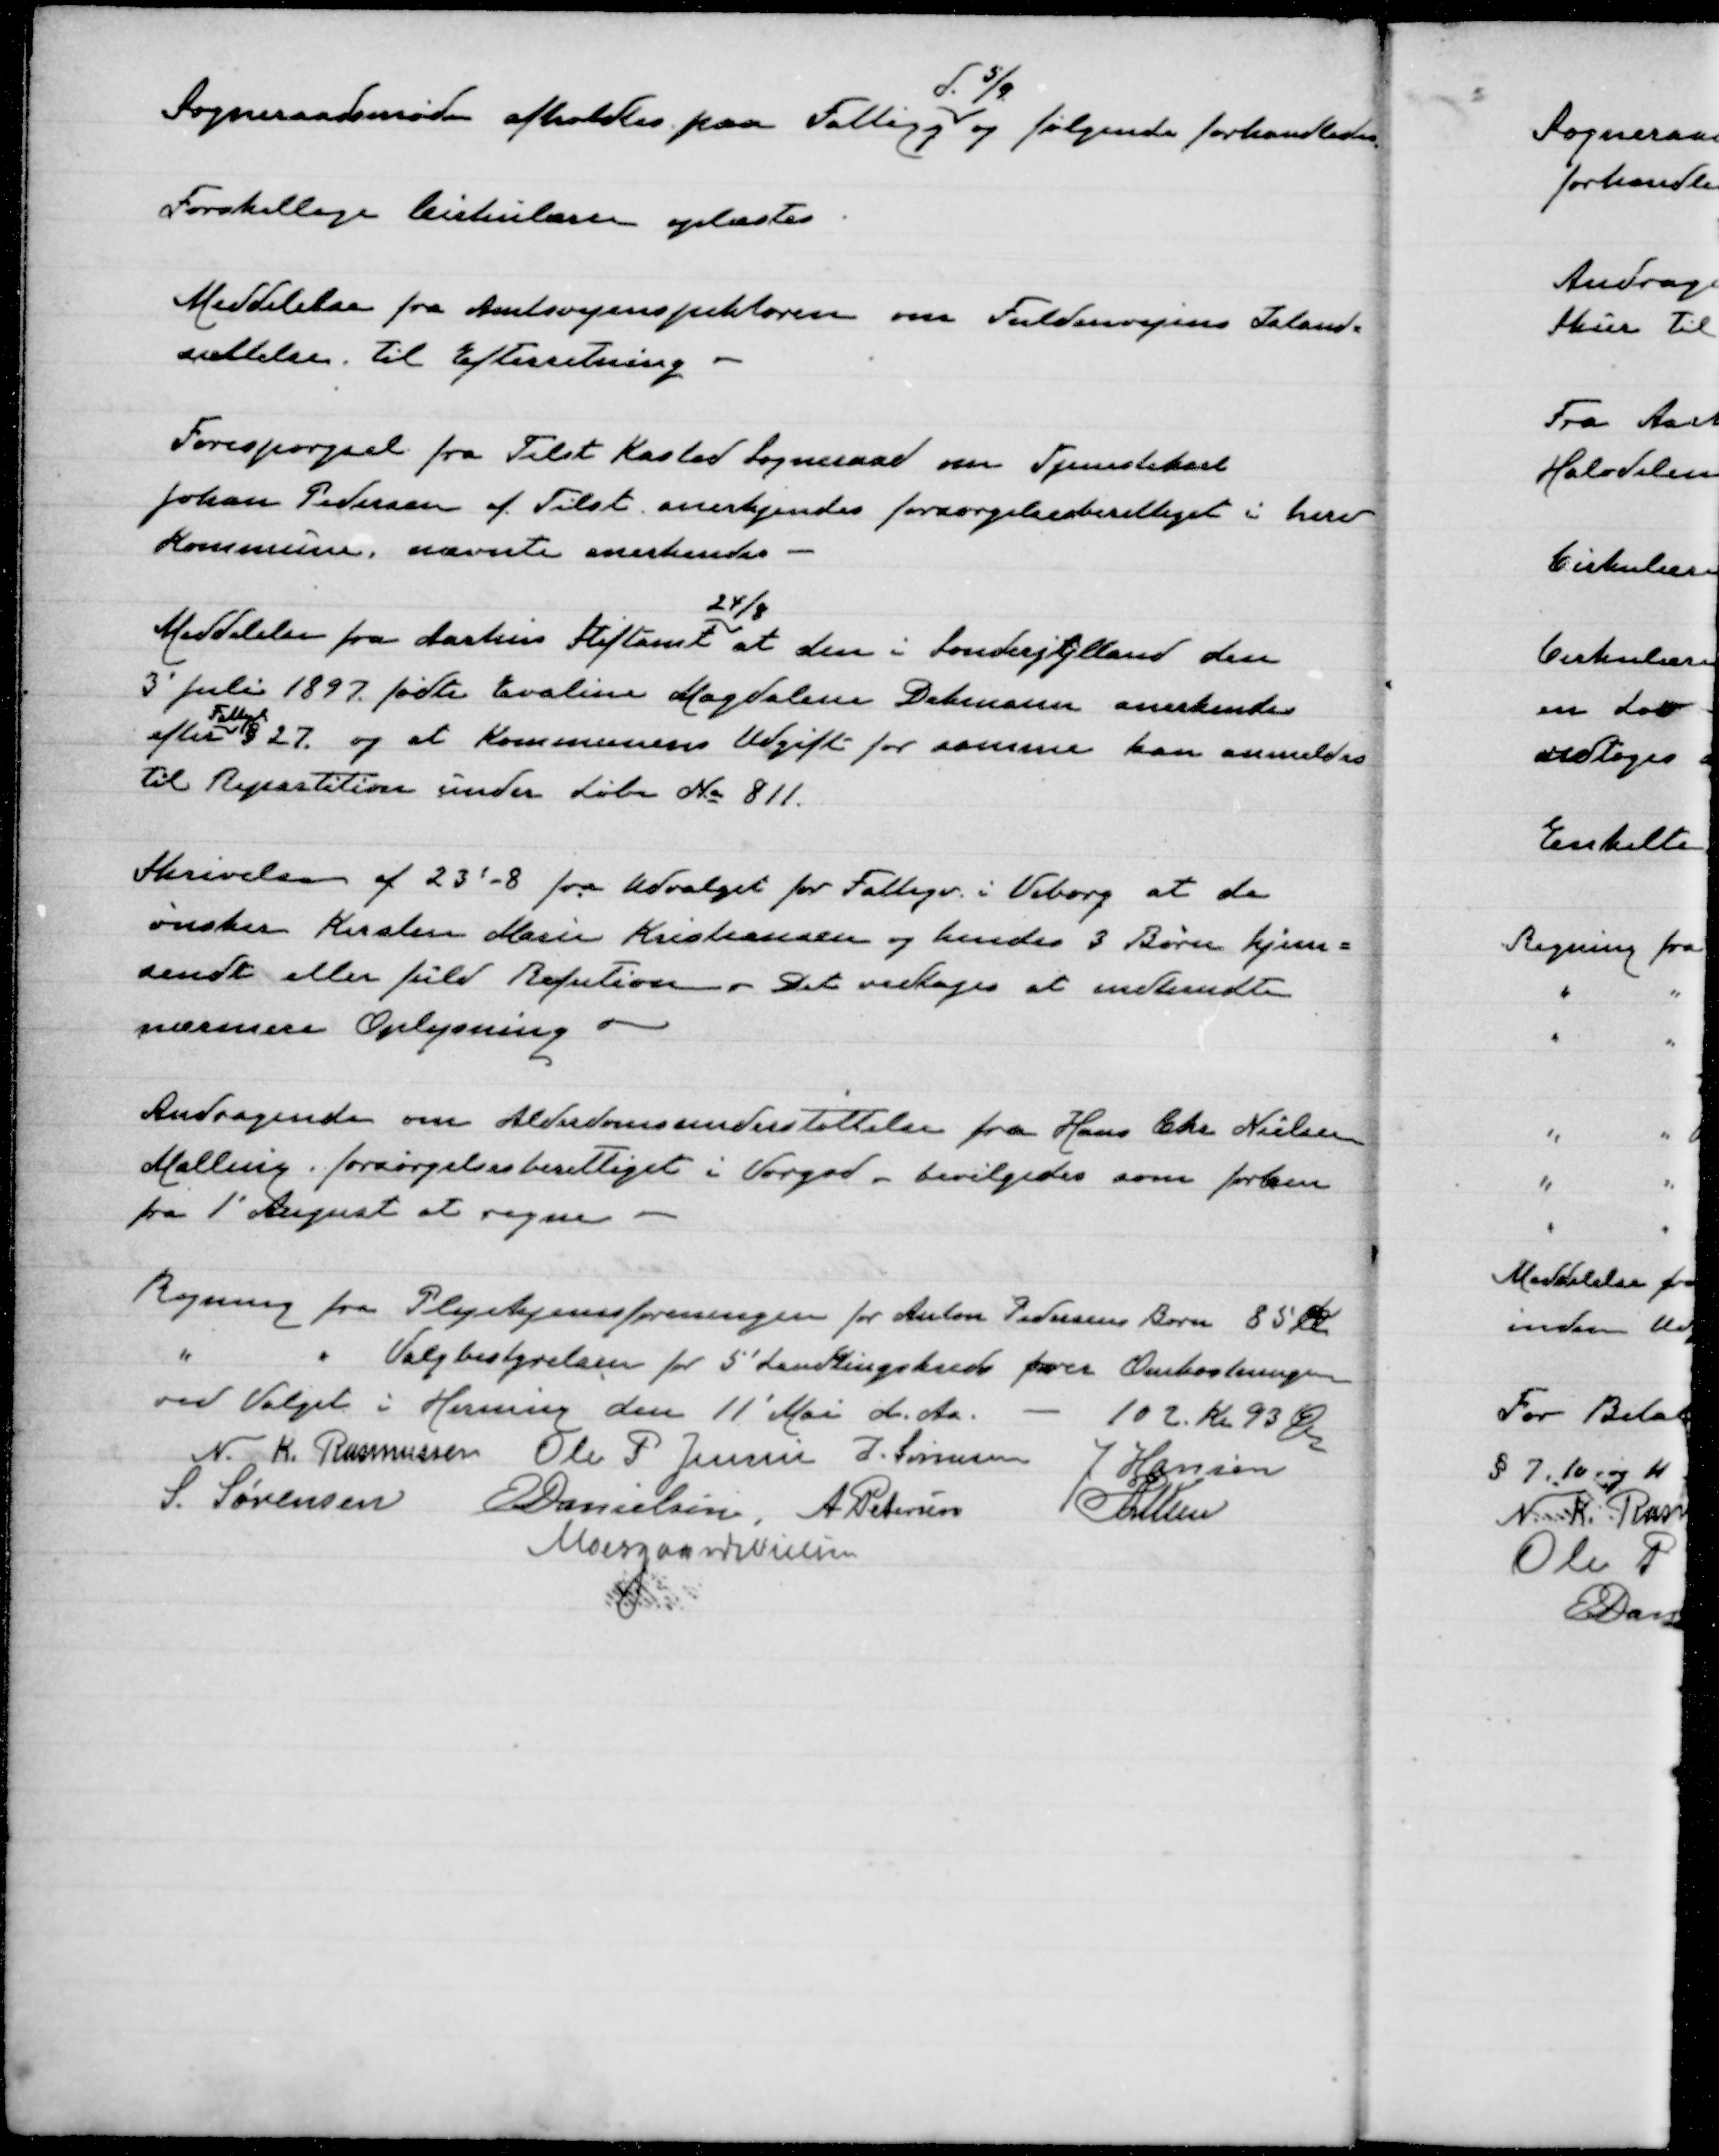
Transskription:
Sogneraadsmøde afholdtes paa Fattigg.
d. 5/9
og følgende forhandledes

Forskellige Cirkulærer oplæstes

Meddelelse fra Amtsvejinspektøren om Fuldenvejens Istand-
sættelse. Til Efterretning

Forespørgsel fra Tilst Kasted Sogneraad om Tjenestekarl
Johan Pedersen af Tilst anerkjendes forsørgelsesberettiget i herv
kommune, nævnte anerkendes

Meddelelse fra Aarhus Stiftamt
24/8
at den i Sønderjylland den
3' juli 1897 fødte Evaline Magdalene Dekmann anerkendes
efter
Fattigl.
§ 27. og at kommunens Udgift for samme kan anmodes
til Repartition under Løbe № 811

Skrivelse af 23'-8 fra udvalget for Fattigv. i Viborg at de
ønsker Kirsten Marie Kristensen og hendes 3 Børn hjem=
sendt eller fuld Refution. Det vedtoges at indhente
nærmere Oplysning

Andragende om Alderdomsunderstøttelse fra Hans Chr Nielsen
Malling. Forsørgelsesberettiget i Vorgod - bevilgedes som førhen
fra 1' August at regne

Regning fra Plejehjemsforeningen for Anton Pedersens Børn 85 Kr
" " Valgbestyrelsen for 5' Landstingskreds fører Omkostninger
ved Valget i Herning den 11' Mai d. Aa - 102. Kr. 93 Ø
N. K. Rasmussen
Ole P. Jensen
J. Sørensen
J. Hansen
S. Sørensen
E Danielsen
A. Petersen
P Lunn
Moesgaard Nielsen